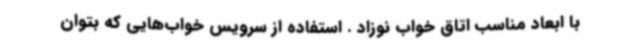
با ابعاد مناسب اتاق خواب نوزاد . استفاده از سرویس خواب‌هایی که بتوان